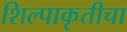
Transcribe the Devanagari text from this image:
शिल्पाकृतीचा